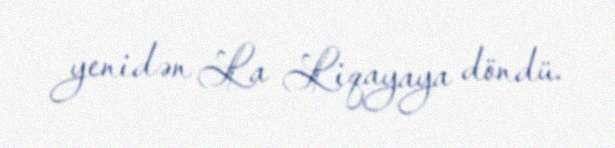
yenidən La Liqayaya döndü.